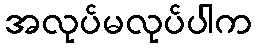
အလုပ်မလုပ်ပါက